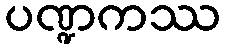
ပဏ္ဍကဿ